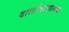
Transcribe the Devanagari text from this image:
वार्तालापात्मक